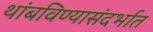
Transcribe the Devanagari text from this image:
थांबविण्यासंदर्भात